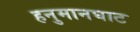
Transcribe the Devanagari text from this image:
हनुमानघाट